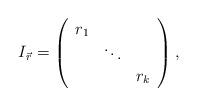
LaTeX: \begin{align*} I_{\vec{r}} =\left( \begin{array}{cccc}r_1 \\& \ddots \\& & r_k\end{array} \right),\end{align*}